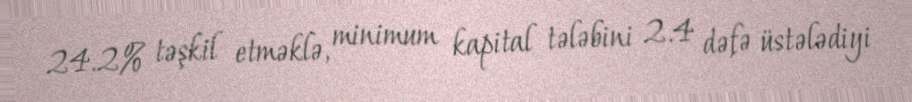
24.2% təşkil etməklə, minimum kapital tələbini 2.4 dəfə üstələdiyi